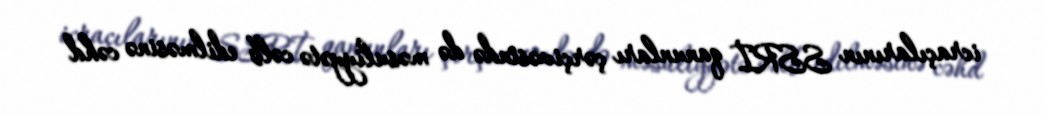
icraçılarının SSRİ qanunları çərçivəsində də məsuliyyətə cəlb edilməsinə cəhd